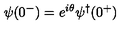
\psi ( 0 ^ { - } ) = e ^ { i \theta } \psi ^ { \dagger } ( 0 ^ { + } )